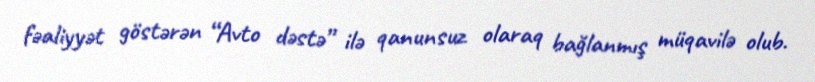
fəaliyyət göstərən “Avto dəstə” ilə qanunsuz olaraq bağlanmış müqavilə olub.